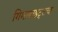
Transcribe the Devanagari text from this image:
गिगाबाइट्सचा